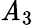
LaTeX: \mathit{A}_{3}